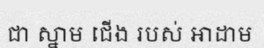
ជា ស្នាម ជើង របស់ អាដាម